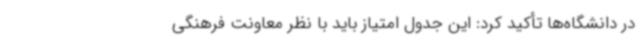
در دانشگاه‌ها تأکید کرد: این جدول امتیاز باید با نظر معاونت فرهنگی